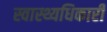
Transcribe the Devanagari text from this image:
स्वास्थ्यधिकारी